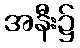
အနီး၌